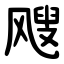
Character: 飕